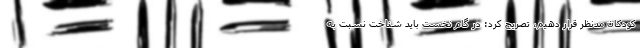
کودکان مدنظر قرار دهیم، تصریح کرد: در گام نخست باید شناخت نسبت به